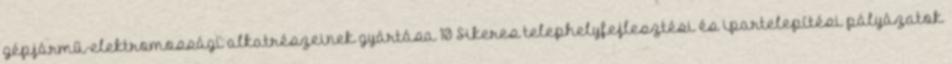
gépjármű-elektromossági alkatrészeinek gyártása 10 Sikeres telephelyfejlesztési és ipartelepítési pályázatok